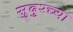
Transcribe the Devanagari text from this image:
सुदुरच्या